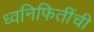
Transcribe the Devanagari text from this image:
ध्वनिफितींची